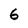
Character: 6